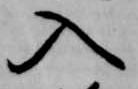
入